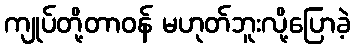
ကျုပ်တို့တာဝန် မဟုတ်ဘူးလို့ပြောခဲ့